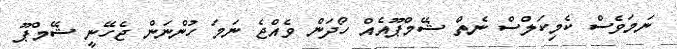
ނަމަވެސް ކެމިކަލްސް ނެތް ޝޭމްޕޫއެއް ހޯދަން ވެއްޖެ ނަމަ ހުންނަން ޖެހޭނީ ޝޭމްޕޫ